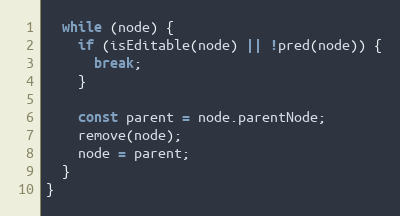
Language: JavaScript
  while (node) {
    if (isEditable(node) || !pred(node)) {
      break;
    }

    const parent = node.parentNode;
    remove(node);
    node = parent;
  }
}